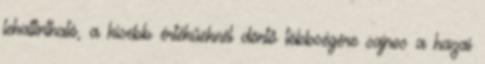
lekattintható, a kisebb értékűeknél döntő többségére sajnos a hazai